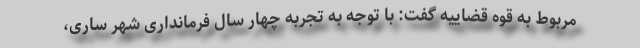
مربوط به قوه قضاییه گفت: با توجه به تجربه چهار سال فرمانداری شهر ساری،